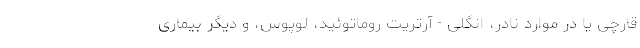
قارچی یا در موارد نادر، انگلی - آرتریت روماتوئید، لوپوس، و دیگر بیماری